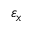
\varepsilon _ { x }